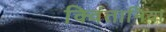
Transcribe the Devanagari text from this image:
क्विंतानिया